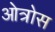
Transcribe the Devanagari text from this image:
ओत्रोस